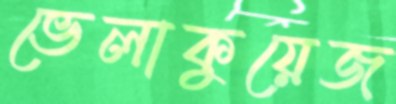
ভেলাকুয়েজ